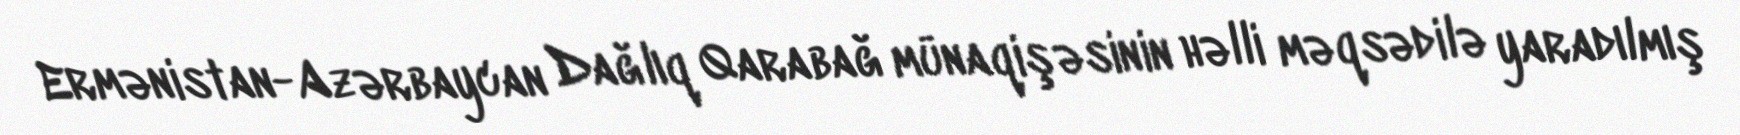
Ermənistan-Azərbaycan Dağlıq Qarabağ münaqişəsinin həlli məqsədilə yaradılmış